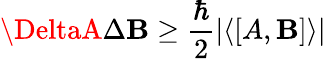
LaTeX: \DeltaA\Delta\mathbf{B}\ge\frac{{\hbar}}{{2}}\vert\langle[A,\mathbf{B}]\rangle\vert